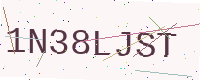
Text: 1N38LJST